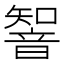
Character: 𲊨